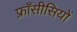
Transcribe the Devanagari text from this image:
फ्राँसीसियों